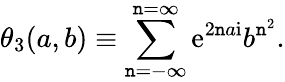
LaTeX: \theta_{3}(a,b)\equiv\sum_{\mathtt{n}=-\infty}^{\mathtt{n}=\infty}{{\mathrm{{e}}}}^{2\mathtt{n}a{\mathrm{{i}}}}b^{\mathtt{n}^{2}}.